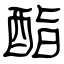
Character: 酯